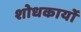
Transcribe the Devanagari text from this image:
शोधकार्यो